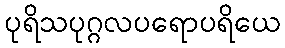
ပုရိသပုဂ္ဂလပရောပရိယေ